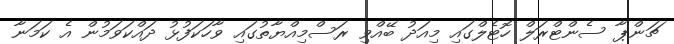
ޗަންޕާ ސެންޓްރަލް ހޮޓެލްގައި މިއަދު ބޭއްވި ރަސްމިއްޔާތުގައި ވާހަކަފުޅު ދައްކަވަމުން އެ ކަމަނާ